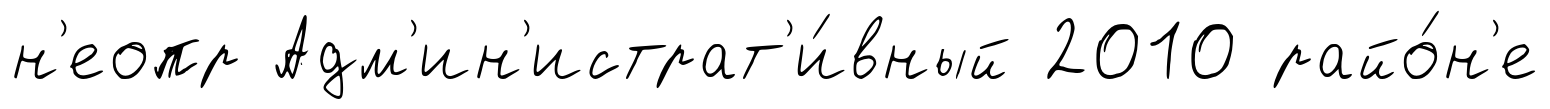
н'еопр Адм'ин'истрат'и́вный 2010 райо́н'е